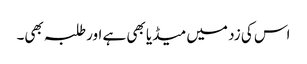
اس کی زد میں میڈیا بھی ہے اور طلبہ بھی۔